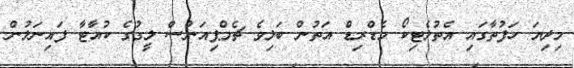
މިދިޔަ ހަފުތާގައި އެތުލެޓިކޯ މެޑްރިޑް އަތުން ބަލިވެ ޗެމްޕިއަންސް ލީގުގެ ކުއާޓާ ފައިނަލުން